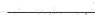
___